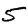
Digit: 5